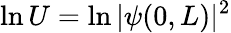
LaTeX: \ln U=\ln\vert\psi(0,L)\vert^{2}